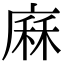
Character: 𢊆